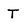
Character: T